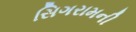
સિગરામની